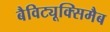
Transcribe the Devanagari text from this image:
बैविट्यूक्सिमैब